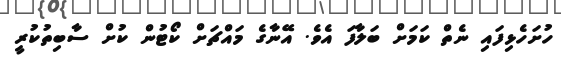
ހުށަހެޅިފައި ނެތް ކަމަށް ބަލާފަ އެވެ. އޭނާގެ މައްޗަށް ކޯޓުން ކުށް ސާބިތުކުރީ